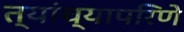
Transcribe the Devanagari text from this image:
त्यांच्यापरिणे